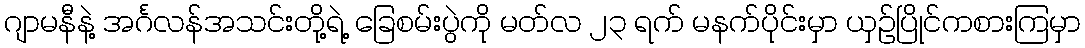
ဂျာမနီနဲ့ အင်္ဂလန်အသင်းတို့ရဲ့ ခြေစမ်းပွဲကို မတ်လ ၂၃ ရက် မနက်ပိုင်းမှာ ယှဉ်ပြိုင်ကစားကြမှာ